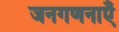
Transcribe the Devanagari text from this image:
जनगणनाएँ